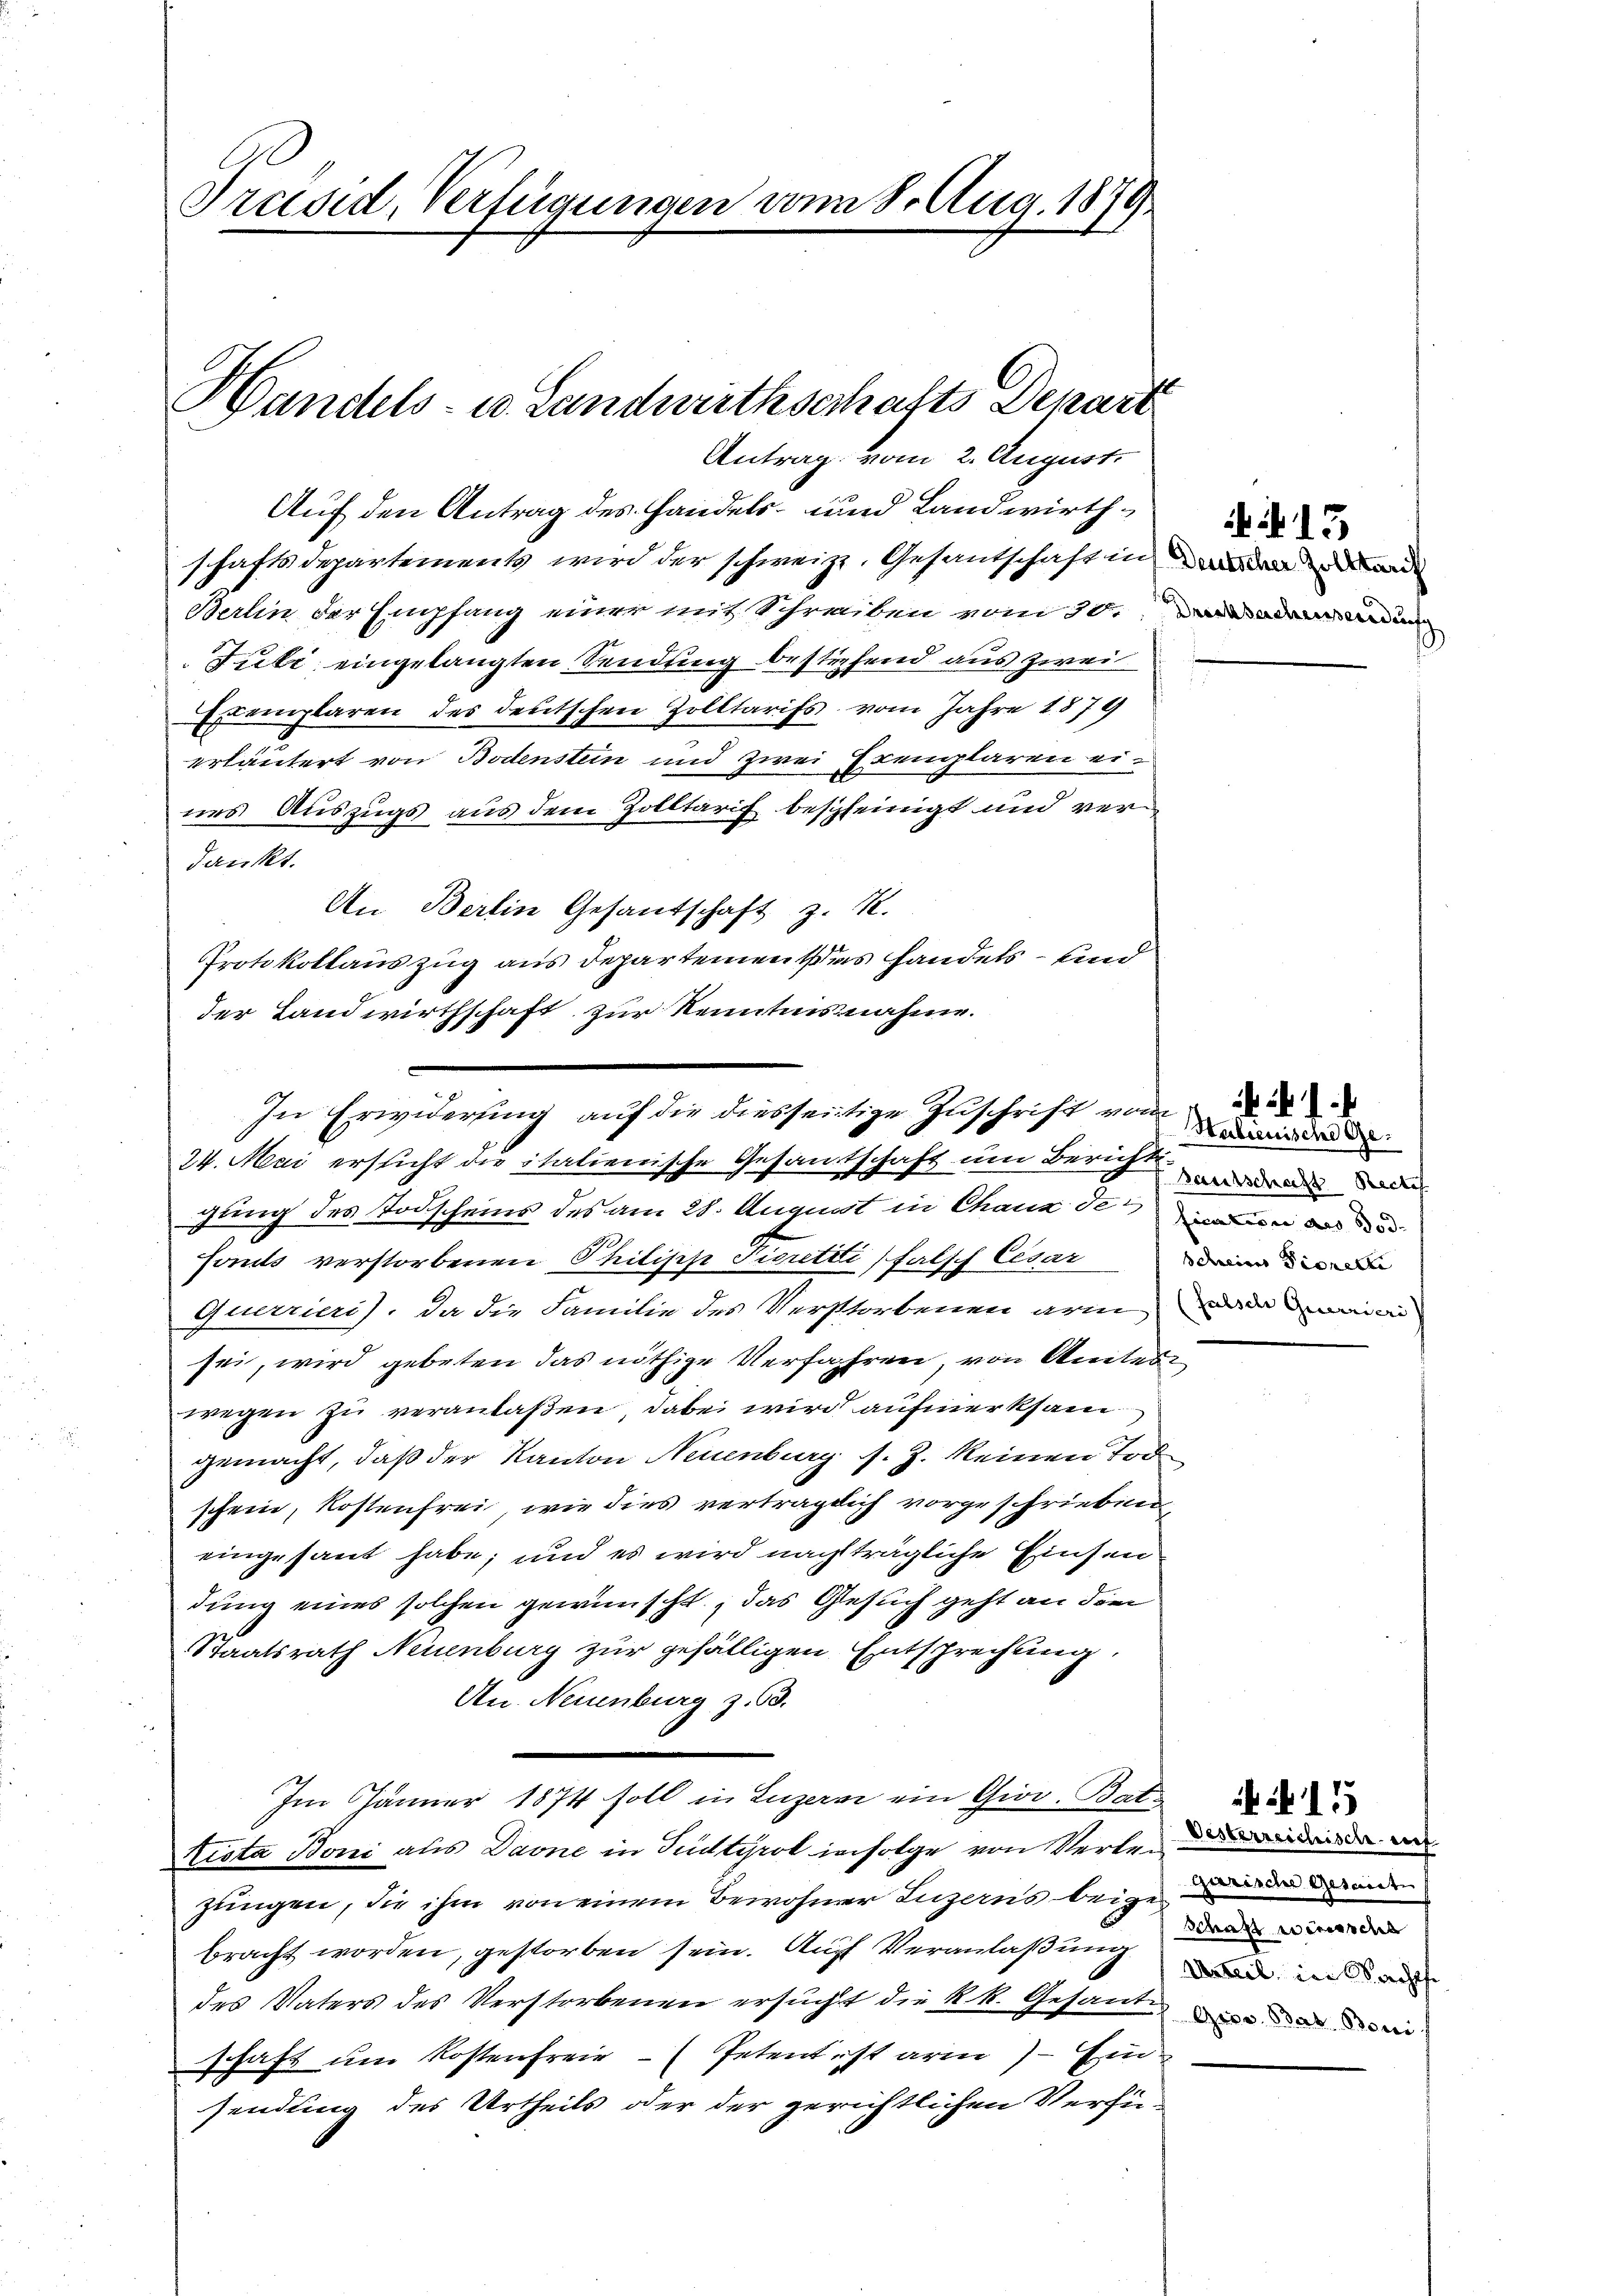
Präsid, Verfügungen vom 8. Aug. 1879

Handels- u. Landwirthserhafts Depart
Antrag vom 2. August.

Auf den Antrag des Handels- und Landwirthschaftsdepartements wird der schweiz. Gesandschaft in der der ande
Berlin der Empfang einer mit Schreiben vom 30. Da
Tute eingelangten Sendung bestehend aus zwei
Exemplaren des deutschen Zolltarifs vom Jahre 1879
erläutert von Bodenstein und zwei Exemplaren eines Auszugs aus dem Zolltarif bescheinigt und verdankt.
An Berlin Gesandschaft z. B.
Protokollauszug aus Departemen das Handels- und
der Landwirthschaft zur Kenntnisnahme.
gung des Todscheins des am 28. August in Chaux den
Hants verstorbenen Philipp Tieretti, falsch Cesar
querrieris, da die Familie des Verstorbenen arm darin
sei, wird gebeten das nöthige Verfahren, von Amtes
wegen zu veranlaßen, dabei wird aufmerksam
gemacht, daß der Kanton Neuenburg s. Z. keinen Tod
schein, Kostenfrei, wie dies verträglich vorgeschrieben,
eingesant habe; und es wird nachträgliche Einsen
dung eines solchen gewünscht, das Gesuch geht an dem
Staatsrath Neuenburg zur gefälligen Entsprechung
An. Neuenburg z. 3.
Im Jänner 1874 soll in Luzern ein Giov. Bat.
ticta Boni aus Davne in Südtirot infolge von Vertreidende und
zungen, die ihm von einem Bewohner Luzerns beigebracht worden, gestorben sein. Auf Veranlaßung
des Vaters des Verstorbenen ersucht die k.k. Gesante eine ein
schaft um Kostenfreie Petentest arm) — Ein
sendung des Urtheils oder der gerichtlichen Verfü¬

In Erwiderung auf die diesseitige Zuschrift von
24. Mai ersticht die italienische Gesantschaft um Bericht

Gautschaft Recto
Schein Tierette

15

gurische Gesandte
Schaft wünsche